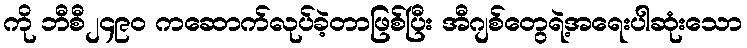
ကို ဘီစီ၂၄၉၀ ကဆောက်လုပ်ခဲ့တာဖြစ်ပြီး အီဂျစ်တွေရဲ့အရေးပါဆုံးသော